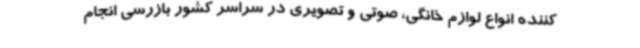
کننده انواع لوازم خانگی، صوتی و تصویری در سراسر کشور بازرسی انجام